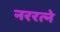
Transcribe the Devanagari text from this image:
नररत्ने